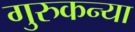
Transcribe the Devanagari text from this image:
गुरुकन्या